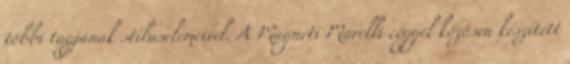
többi tagjának stíluselemeivel. A Magneti Marelli céggel közösen készített